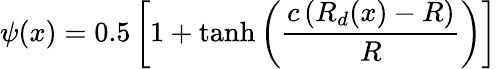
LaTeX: \psi(x)=0.5\left[1+\operatorname{tanh}\left(\frac{c\left(R_{d}(x)-R\right)}{R}\right)\right]